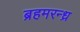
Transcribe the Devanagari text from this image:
ब्रहमरन्ध्र